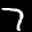
Label: 7